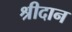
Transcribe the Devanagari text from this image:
श्रीदान